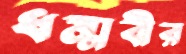
ধম্মবীর